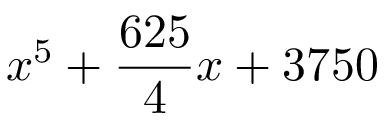
x ^ { 5 } + { \frac { 6 2 5 } { 4 } } x + 3 7 5 0